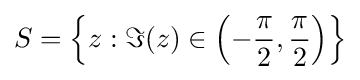
S=\left\{z:\Im (z)\in \left(-{\frac {\pi }{2}},{\frac {\pi }{2}}\right)\right\}